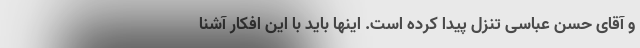
و آقای حسن عباسی تنزل پیدا کرده است. اینها باید با این افکار آشنا